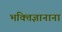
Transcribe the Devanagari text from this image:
भक्तिज्ञानानां